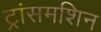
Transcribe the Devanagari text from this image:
ट्रांसमशिन